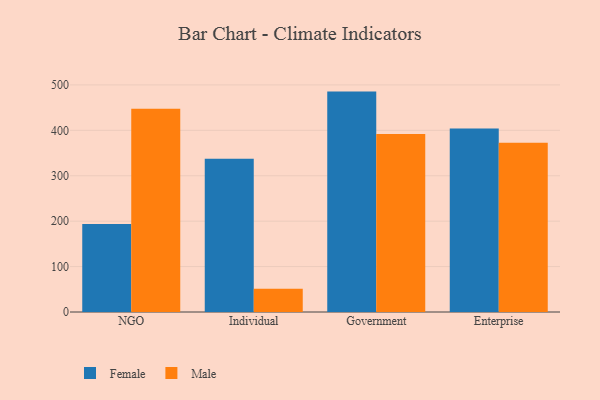
{"axis": {"x": "Segment", "y": "Conversion Rate (%)"}, "legend": ["Female", "Male"], "data": [{"x": "NGO", "y": 193.5, "type": "Female"}, {"x": "NGO", "y": 447.6, "type": "Male"}, {"x": "Individual", "y": 337.4, "type": "Female"}, {"x": "Individual", "y": 51.1, "type": "Male"}, {"x": "Government", "y": 485.3, "type": "Female"}, {"x": "Government", "y": 392.2, "type": "Male"}, {"x": "Enterprise", "y": 404.0, "type": "Female"}, {"x": "Enterprise", "y": 372.7, "type": "Male"}]}